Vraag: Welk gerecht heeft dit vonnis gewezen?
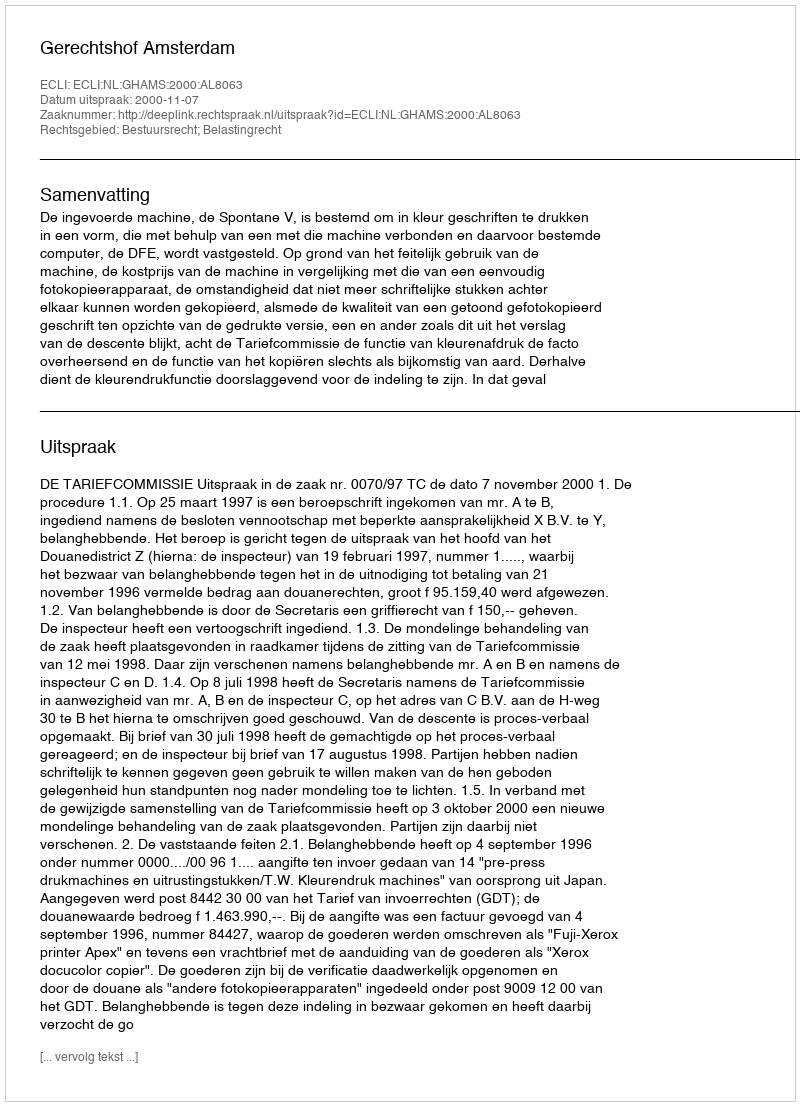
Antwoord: Gerechtshof Amsterdam